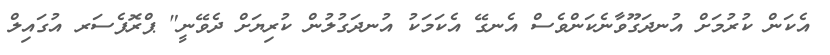
އެކަން ކުރުމަށް އުނދަގޫވާނެކަންވެސް އެނގޭ އެކަމަކު އުނދަގުލުން ކުރިޔަށް ދެވޭނީ" ޕްރޮފެސަރ އުގައިލް